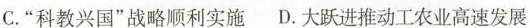
C.”科教兴国”战略顺利实施 D.大跃进推动工农业高速发展